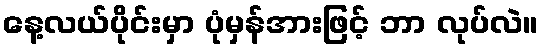
နေ့လယ်ပိုင်းမှာ ပုံမှန်အားဖြင့် ဘာ လုပ်လဲ။